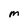
Character: m